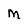
Character: M